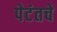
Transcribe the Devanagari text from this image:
पेटंतचे